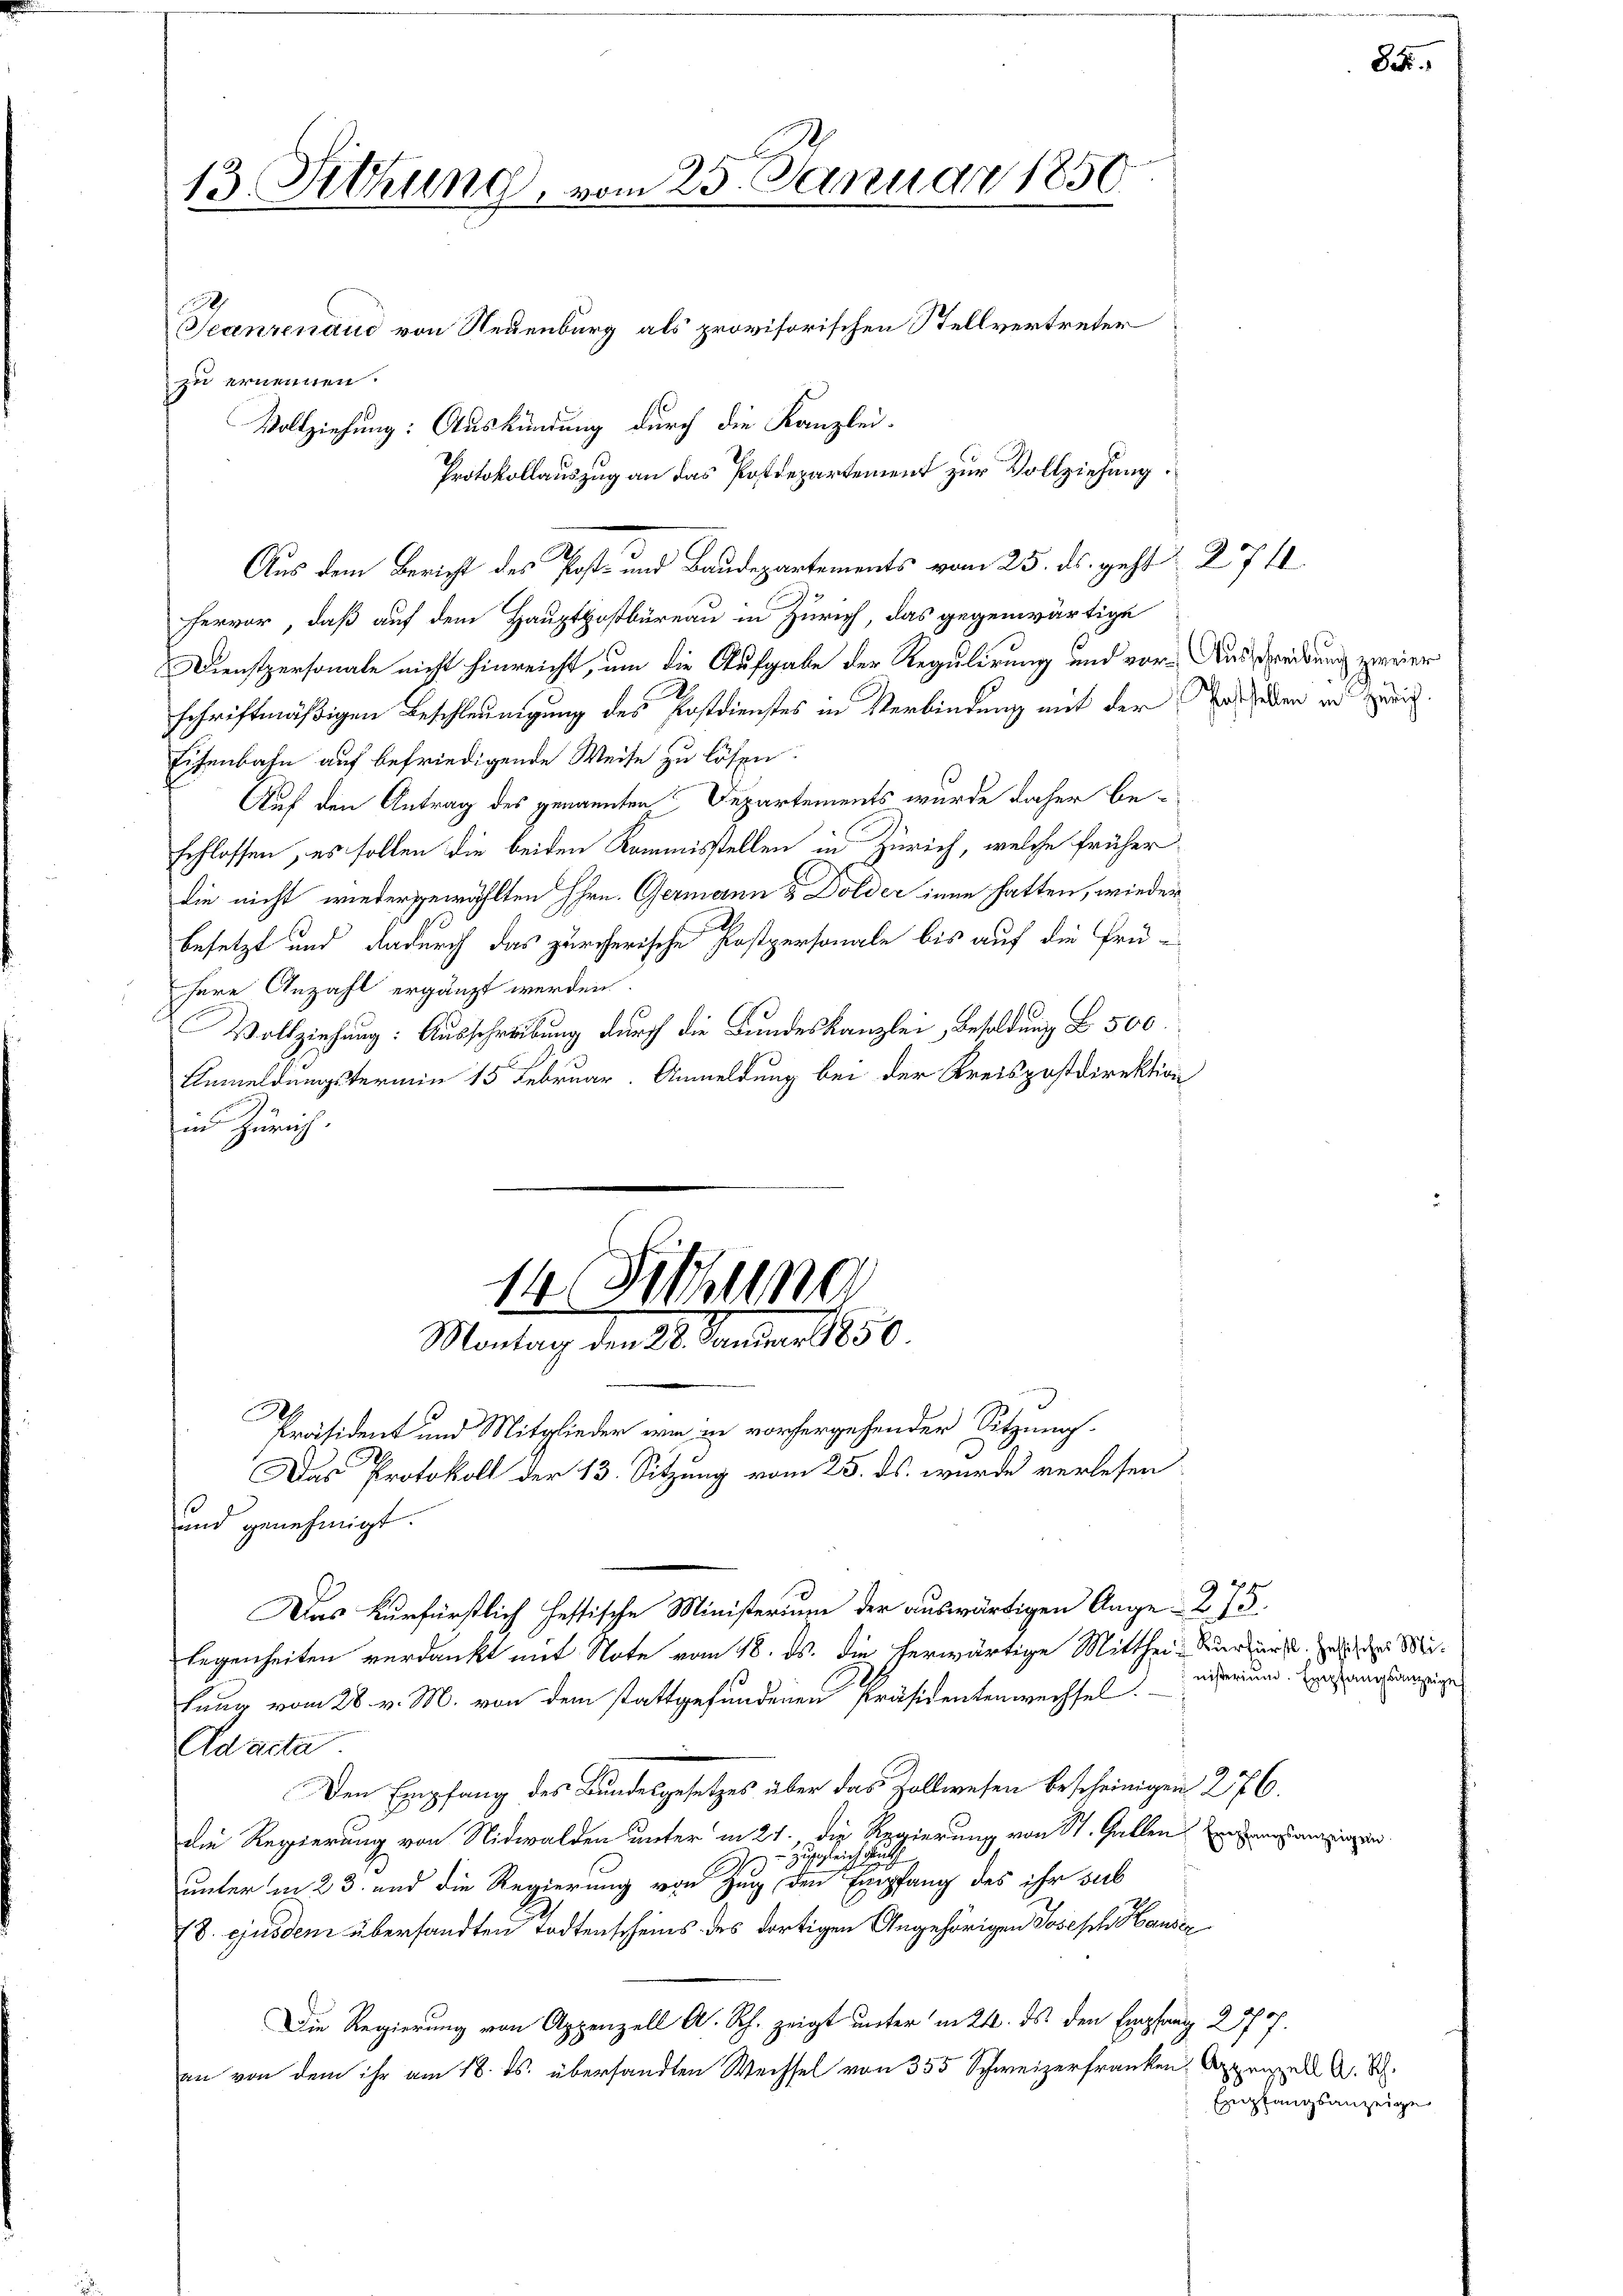
13. Sitzung, vom 25. Januar 1850.
Jeanzenaud von Neuenburg als provisorischen Stellvertreter
zu ernennen.
Vollziehung: Auskündung durch die Kanzlei-
Protokollauszug an das Postdepartement zur Vollziehung.

ervor, daß auf dem Hauptpostbüreau in Zürich, das gegenwärtige
Dienstpersonale nicht hinreicht, um die Aufgabe der Regulirung und vorschriftmäßigen Beschleunigung des Postdienstes in Verbindung mit der Tat haben in Zürich
Eisenbahn auf befriedigende Weise zu lösen.
Auf den Antrag des genannten Departements wurde daher beschlossen, es sollen die beiden Kommisstellen in Zürich, welche früher
die nicht wiedergewählten Hrn. Germann & Dolder inne hatten, wieder
besetzt und dadurch das zürcherische Postpersonale bis auf die Prü-
here Anzahl ergänzt werden.
Vollziehung: Ausschreibung durch die Bundeskanzlei, Besoldung L 500.
Anmeldungstermin 15 Februar. Anmeldung bei der Kreispostdirektion
in Zürich.

14 Fischung
Montag den 28. Januar 1850.

Aus dem Bericht des Post- und Baudepartements vom 25. ds. geht & 274

und genehmigt.
Das Kurfürstlich hastische Ministerium der auswärtigen Auge 275.
legenheiten verdankt mit Note vom 18. ds. die herwärtige Mitthei- Verfürst. In der Mifung vom 28. v. M. von dem stattgefundenen Präsidentenwechsel.
Ad acta
Den Empfang des Bundesgesetzes über das Zollwesen bescheinigen 276.
die Regierung von Nidwalden unter in 21. die Regierung von St. Gallen
 zugleich durch
unter in 23. und die Regierung von Zug, den Empfang des ihr sub
18. ejusdem übersandten Todtenscheins des dortigen Angehörigen Joseph Hauser
Die Regierung von Appenzell A. Rh. zeigt unterm 24. ds den Empfang 2 777.
an von dem ihr am 18. ds. übersandten Wechsel von 355 Schweizerfranken, Appenzell A. S.

3

Präsident und Mitglieder wie in vorhergehender Sitzung
Das Protokoll der 13. Sitzung vom 25. ds. wurde verlesen

Ausschreibung zweier

nisterium. Empfangsanzeige

mpfangsanzeigen

8.

Empfangsanzeige

.